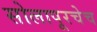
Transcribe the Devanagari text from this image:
सोलापूरचेच